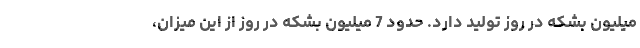
میلیون بشکه در روز تولید دارد. حدود 7 میلیون بشکه در روز از این میزان،